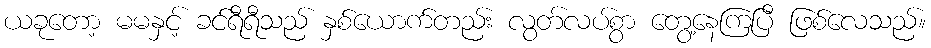
ယခုတော့ မမနှင့် ခင်ရီရီသည် နှစ်ယောက်တည်း လွတ်လပ်စွာ တွေ့နေကြပြီ ဖြစ်လေသည်။